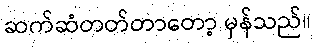
ဆက်ဆံတတ်တာတော့ မှန်သည်။